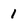
Character: 1